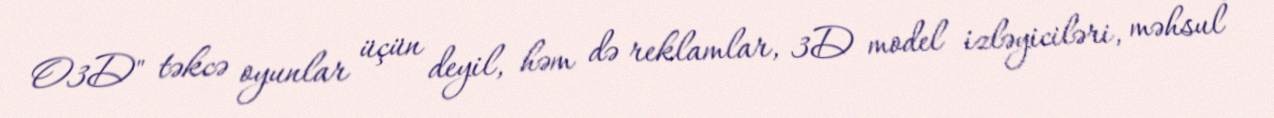
O3D" təkcə oyunlar üçün deyil, həm də reklamlar, 3D model izləyiciləri, məhsul